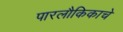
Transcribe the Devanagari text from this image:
पारलौकिकाचे